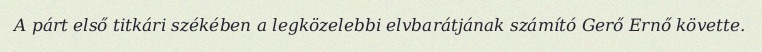
A párt első titkári székében a legközelebbi elvbarátjának számító Gerő Ernő követte.